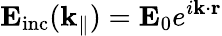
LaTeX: \mathbf{E}_{\mathrm{inc}}(\mathbf{k}_{\| })=\mathbf{E}_{0}e^{i\mathbf{k}\cdot\mathbf{r}}